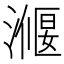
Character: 𭲣